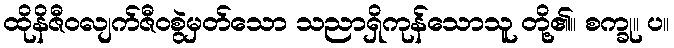
ထိုနိဇီဝလျက်ဇီဝစွဲမှတ်သော သညာရှိကုန်သောသူ တို့၏။ စက္ခု။ ပ။